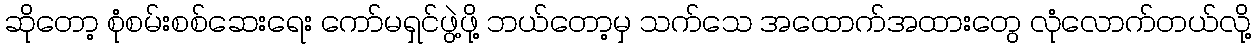
ဆိုတော့ စုံစမ်းစစ်ဆေးရေး ကော်မရှင်ဖွဲ့ဖို့ ဘယ်တော့မှ သက်သေ အထောက်အထားတွေ လုံလောက်တယ်လို့